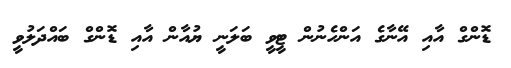
ޑޮންގް އާއި އޭނާގެ އަންހެނުން ޓީވީ ބަލަނީ ޔުއާން އާއި ޑޮންގް ބައްދަލުވީ